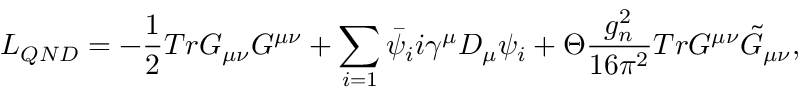
{ \cal L } _ { Q N D } = - \frac { 1 } { 2 } T r G _ { \mu \nu } G ^ { \mu \nu } + \sum _ { i = 1 } \bar { \psi } _ { i } i \gamma ^ { \mu } D _ { \mu } \psi _ { i } + \Theta \frac { g _ { n } ^ { 2 } } { 1 6 \pi ^ { 2 } } T r G ^ { \mu \nu } \tilde { G } _ { \mu \nu } ,